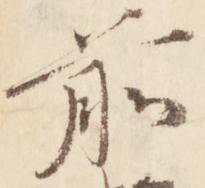
前